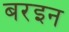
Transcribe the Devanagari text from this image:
बरइन